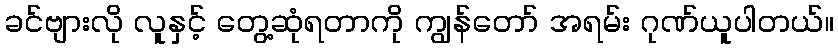
ခင်ဗျားလို လူနှင့် တွေ့ဆုံရတာကို ကျွန်တော် အရမ်း ဂုဏ်ယူပါတယ်။